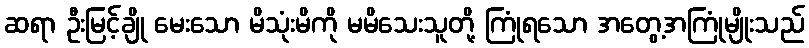
ဆရာ ဦးမြင့်ချို မေးသော မိသုံးမိကို မမိသေးသူတို့ ကြုံရသော အတွေ့အကြုံမျိုးသည်